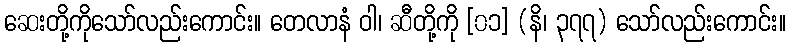
ဆေးတို့ကိုသော်လည်းကောင်း။ တေလာနံ ဝါ၊ ဆီတို့ကို [၀၁] (နိ၊ ၃၇၇) သော်လည်းကောင်း။